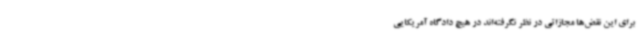
برای این نقض‌ها مجازاتی در نظر نگرفته‌اند در هیچ دادگاه آمریکایی